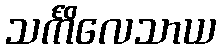
သင်္ကိလေသာယ